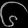
Digit: ၆